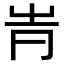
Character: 𠕓